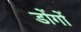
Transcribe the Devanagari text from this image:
डोंगों